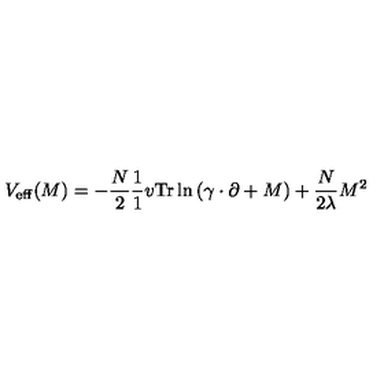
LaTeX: V _ { \mathrm { e f f } } ( M ) = - \frac { N } { 2 } \frac { 1 } { 1 } { v } \mathrm { T r } \ln \left( \gamma \cdot \partial + M \right) + \frac { N } { 2 \lambda } M ^ { 2 }